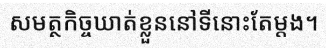
សមត្ថកិច្ចឃាត់ខ្លួននៅទីនោះតែម្តង។